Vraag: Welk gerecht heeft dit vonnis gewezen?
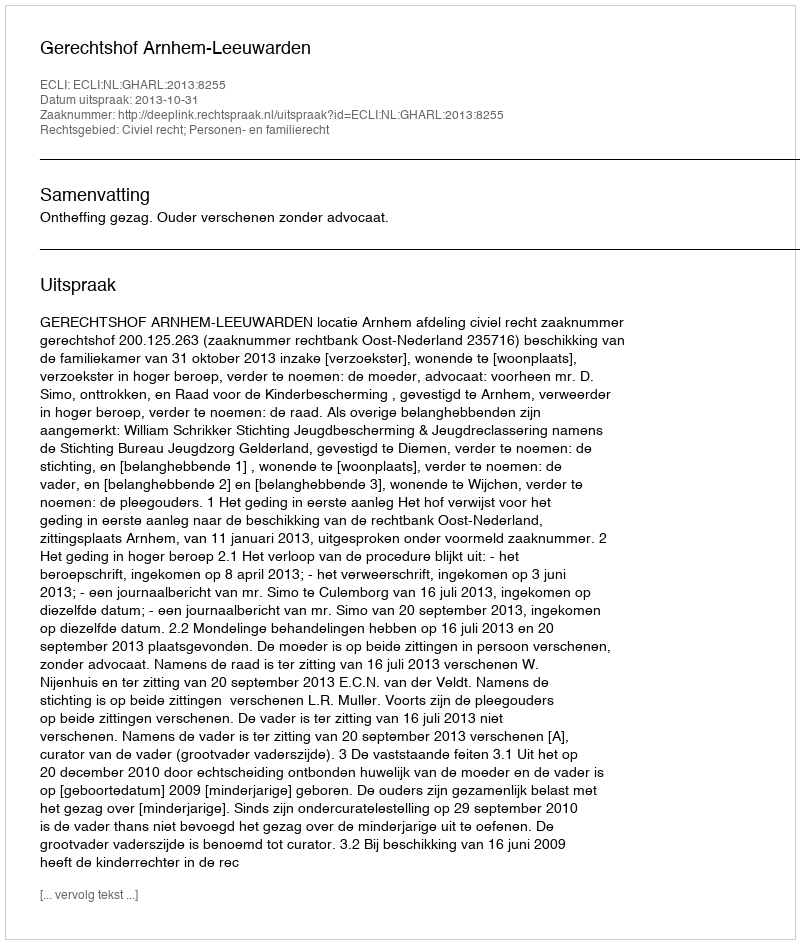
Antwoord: Gerechtshof Arnhem-Leeuwarden